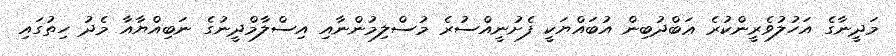
މަދީނާގެ އަހުލުވެރީންކުރެ ޢަބްދުބިން އުބައްޔަކީ ފެށުނީއްސުރެ މުސްލިމުންނާއި އިސްލާމްދީނުގެ ނަބިއްޔާއާ މެދު ހިތުގައި